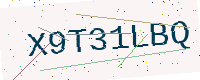
Text: X9T31LBQ